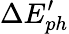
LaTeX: \Delta E_{ph}^{\prime}